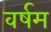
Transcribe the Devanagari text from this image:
वर्षम